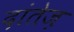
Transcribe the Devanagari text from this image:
दांतेज़